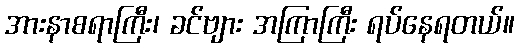
အားနာစရာကြီး၊ ခင်ဗျား အကြာကြီး ရပ်နေရတယ်။